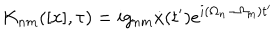
K _ { n m } ( [ x ] , \tau ) = i g _ { n m } \dot { x } ( t ^ { \prime } ) e ^ { i ( \Omega _ { n } - \Omega _ { m } ) t ^ { \prime } }